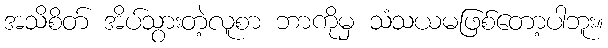
အသိစိတ် အိပ်သွားတဲ့လူစာ ဘာကိုမှ သံသယမဖြစ်တော့ပါဘူး။